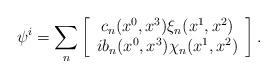
LaTeX: \begin{align*}\psi^i = \sum_n \left[ \begin{array}{c} c_n(x^0, x^3) \xi_n(x^1, x^2) \\ i b_n(x^0, x^3) \chi_n(x^1, x^2) \end{array} \right].\end{align*}